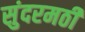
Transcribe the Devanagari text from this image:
सुंदरमठी